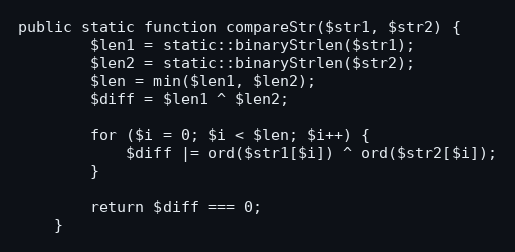
Language: PHP
public static function compareStr($str1, $str2) {
		$len1 = static::binaryStrlen($str1);
		$len2 = static::binaryStrlen($str2);
		$len = min($len1, $len2);
		$diff = $len1 ^ $len2;

		for ($i = 0; $i < $len; $i++) {
			$diff |= ord($str1[$i]) ^ ord($str2[$i]);
		}

		return $diff === 0;
	}